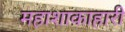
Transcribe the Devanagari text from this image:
महाशाकाहारी